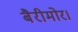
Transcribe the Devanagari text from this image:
बैरीमोर।